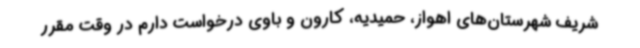
شریف شهرستان‌های اهواز، حمیدیه، کارون و باوی درخواست دارم در وقت مقرر